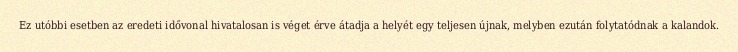
Ez utóbbi esetben az eredeti idővonal hivatalosan is véget érve átadja a helyét egy teljesen újnak, melyben ezután folytatódnak a kalandok.